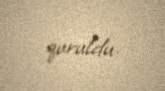
quruldu.